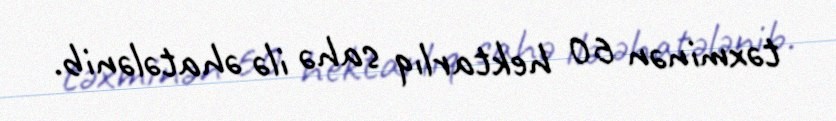
təxminən 60 hektarlıq sahə ilə əhatələnib.